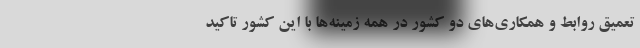
تعمیق روابط و همکاری‌های دو کشور در همه زمینه‌ها با این کشور تاکید